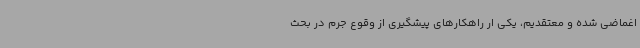
اغماضی شده و معتقدیم، یکی ار راهکارهای پیشگیری از وقوع جرم در بحث